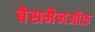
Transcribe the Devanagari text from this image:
बेसमैनऑफ़